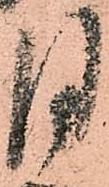
月